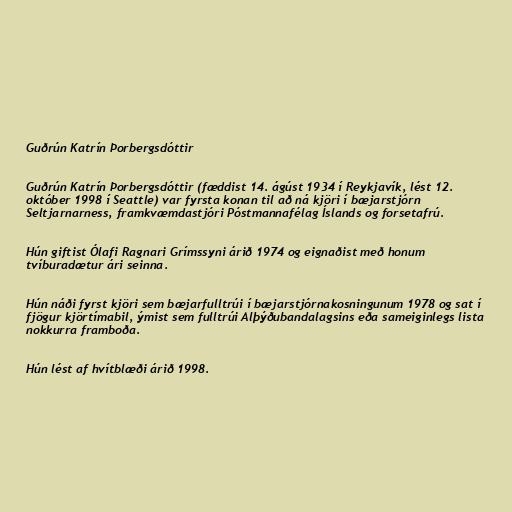
Guðrún Katrín Þorbergsdóttir

Guðrún Katrín Þorbergsdóttir (fæddist 14. ágúst 1934 í Reykjavík, lést 12.
október 1998 í Seattle) var fyrsta konan til að ná kjöri í bæjarstjórn
Seltjarnarness, framkvæmdastjóri Póstmannafélag Íslands og forsetafrú.

Hún giftist Ólafi Ragnari Grímssyni árið 1974 og eignaðist með honum
tvíburadætur ári seinna.

Hún náði fyrst kjöri sem bæjarfulltrúi í bæjarstjórnakosningunum 1978 og sat í
fjögur kjörtímabil, ýmist sem fulltrúi Alþýðubandalagsins eða sameiginlegs lista
nokkurra framboða.

Hún lést af hvítblæði árið 1998.